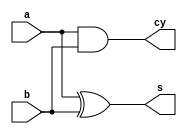
`timescale 1ns / 1ps
module halfadder (input a,b, output s,cy);
xor xor_1(s,a,b);
and and_1(cy,a,b);
endmodule
module fulladder(input a,b,c,output s,cy);
halfadder ha1(a,b,w1,w2);
halfadder ha2(w1,c,s,w3);
or or_1(cy,w2,w3);
endmodule
module rip(input [3:0] a,b,output [3:0] s,output cout);
wire [3:0] w;
assign w[0]=0;
fulladder fa1(a[0],b[0],w[0],s[0],w[1]);
fulladder fa2(a[1],b[1],w[1],s[1],w[2]);
fulladder fa3(a[2],b[2],w[2],s[2],w[3]);
fulladder fa4(a[3],b[3],w[3],s[3],cout); 
endmodule 
module correction(input a,b,c,d,output y);
assign y=(a & b)|(a & c)|d;
endmodule
module bcdadd(input [3:0] a,b,output [3:0] s);
wire [3:0] w;
wire c1;
wire ain;
rip u1(a,b,w,c1);
correction u2(w[3],w[2],w[1],c1,ain);
wire [3:0] afin;
assign afin[0]=0;
assign afin[1]=ain;
assign afin[2]=ain;
assign afin[3]=0;
wire c;
assign c=0;
rip u3(afin,w,s,c);
endmodule